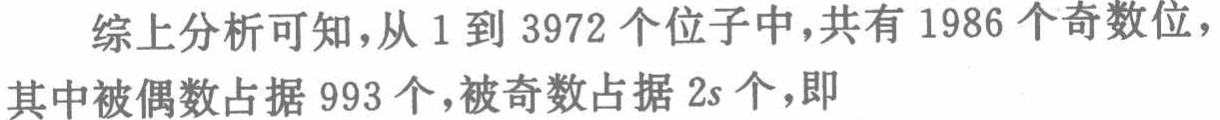
综上分析可知，从 1 到 3972 个位子中，共有 1986 个奇数位，其中被偶数占据 993 个，被奇数占据 \(2s\) 个，即